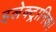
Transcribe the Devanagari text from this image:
इलेक्ट्रानिक।